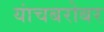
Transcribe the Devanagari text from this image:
यांचबरोबर